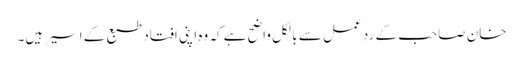
خان صاحب کے ردِ عمل سے بالکل واضح ہے کہ وہ اپنی افتادِ طبع کے اسیر ہیں۔